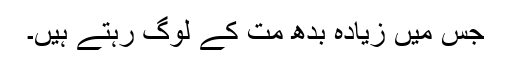
جس میں زیادہ بدھ مت کے لوگ رہتے ہیں۔